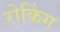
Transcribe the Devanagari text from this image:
रोकिंग